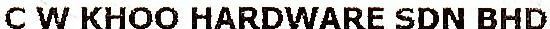
C W KHOO HARDWARE SDN BHD